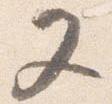
又